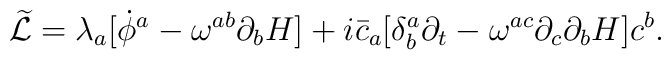
{\widetilde{\cal L}}=\lambda_{a}[{\dot\phi }^{a}-\omega^{ab}\partial_{b}H]+i{\bar c}_{a}[\delta^{a}_{b}\partial_{t}-\omega^{ac}\partial_{c}\partial_{b}H]c^{b}.